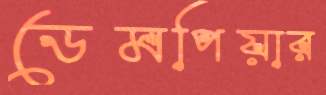
ডেমপিয়ার